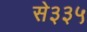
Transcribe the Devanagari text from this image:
से३३५